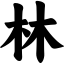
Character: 林